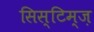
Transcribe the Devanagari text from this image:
सिस्टिम्ज़